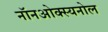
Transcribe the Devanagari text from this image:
नॉनओक्स्यनोल